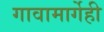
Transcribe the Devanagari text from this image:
गावामार्गेही